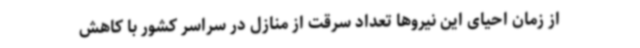
از زمان احیای این نیروها تعداد سرقت‌ از منازل در سراسر کشور با کاهش